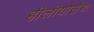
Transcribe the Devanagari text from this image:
हीलीयोसेथ